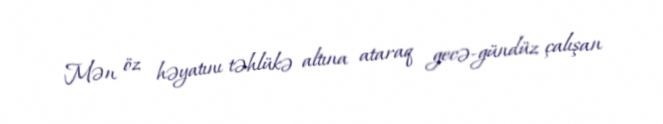
Mən öz həyatını təhlükə altına ataraq gecə-gündüz çalışan